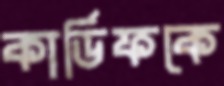
কার্ডিফকে